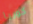
كوريا